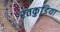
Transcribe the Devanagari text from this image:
रतकुडि़या